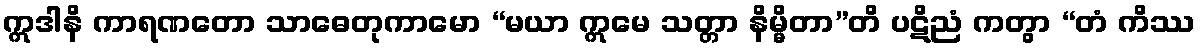
ဣဒါနိ ကာရဏတော သာဓေတုကာမော “မယာ ဣမေ သတ္တာ နိမ္မိတာ”တိ ပဋိညံ ကတွာ “တံ ကိဿ